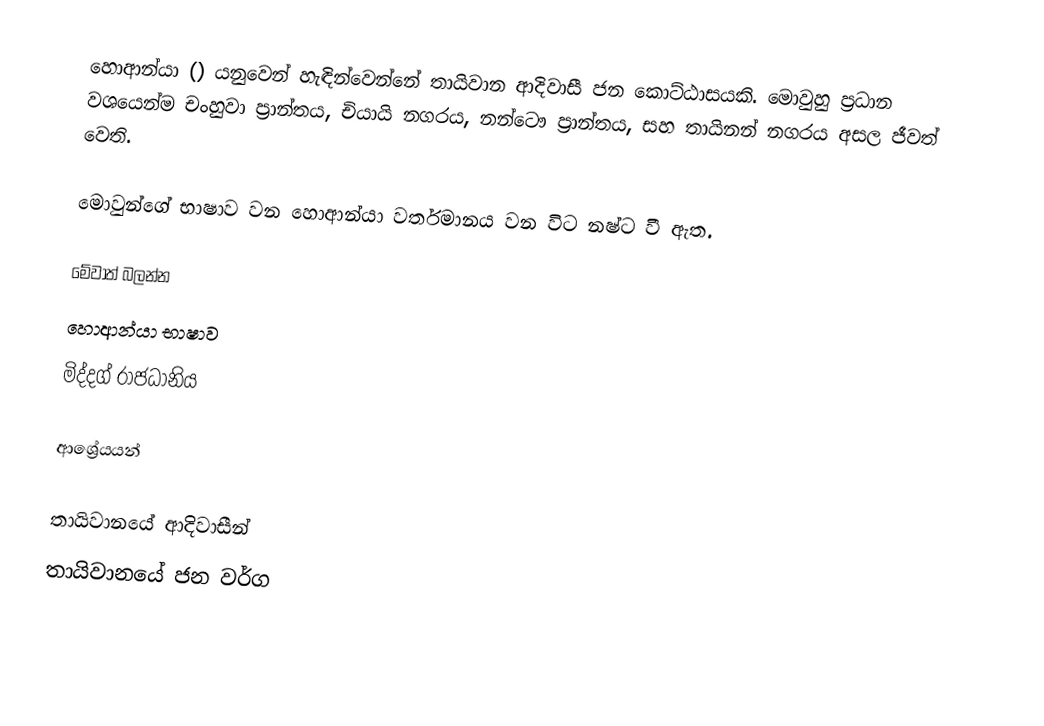
හොආන්යා () යනුවෙන් හැඳින්වෙන්නේ තායිවාන ආදිවාසී ජන කොට්ඨාසයකි. මොවුහු ප්‍රධාන වශයෙන්ම චංහුවා ප්‍රාන්තය, චියායි නගරය, නන්ටෞ ප්‍රාන්තය, සහ තායිනන් නගරය අසල ජීවත් වෙති.

මොවුන්ගේ භාෂාව වන හොආන්යා වර්තමානය වන විට නෂ්ට වී ඇත.

මේවාත් බලන්න
‍හොආන්යා භාෂාව
මිද්දග් රාජධානිය

ආශ්‍රේයයන්

තායිවානයේ ආදිවාසීන්
තායිවානයේ ජන වර්ග